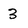
Character: 3